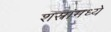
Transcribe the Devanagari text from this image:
शस्त्रांमध्ये